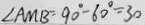
\angle A M B = 9 0 ^ { \circ } - 6 0 ^ { \circ } = 3 0